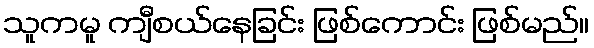
သူကမူ ကျီစယ်နေခြင်း ဖြစ်ကောင်း ဖြစ်မည်။